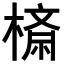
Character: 𣙮